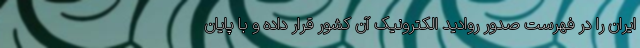
ایران را در فهرست صدور روادید الکترونیک آن کشور قرار داده و با پایان